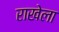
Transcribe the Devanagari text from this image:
राखेला